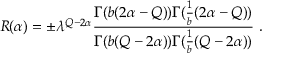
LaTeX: R ( \alpha ) = \pm \lambda ^ { Q - 2 \alpha } { \frac { \Gamma ( b ( 2 \alpha - Q ) ) \Gamma ( { \frac { 1 } { b } } ( 2 \alpha - Q ) ) } { \Gamma ( b ( Q - 2 \alpha ) ) \Gamma ( { \frac { 1 } { b } } ( Q - 2 \alpha ) ) } } \ .